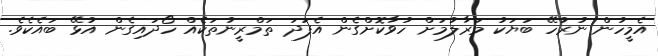
އެމީހުން ނުރުހޭ ބަޔަކު މަރާލުމަށް ހުވާކޮށްގެން އެފަދަ ތަމްރީނުތަކެއް ހޯދައިގެން އުޅޭ ބައެކެވެ.